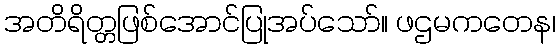
အတိရိတ္တဖြစ်အောင်ပြုအပ်သော်။ ဖဌမကတေန၊